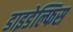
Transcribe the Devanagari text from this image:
डाइडेल्फिस